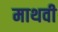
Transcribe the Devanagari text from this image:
माथवी